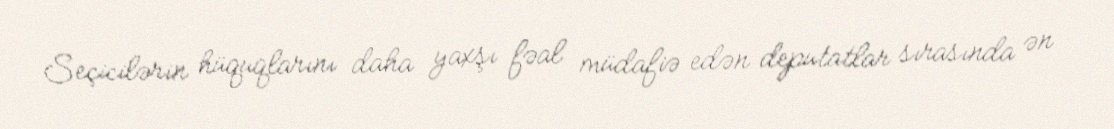
Seçicilərin hüquqlarını daha yaxşı fəal müdafiə edən deputatlar sırasında ən